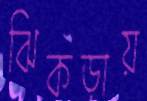
ঝিকড়ায়